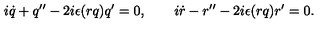
i \dot { q } + q ^ { \prime \prime } - 2 i \epsilon ( r q ) q ^ { \prime } = 0 , \qquad i \dot { r } - r ^ { \prime \prime } - 2 i \epsilon ( r q ) r ^ { \prime } = 0 .